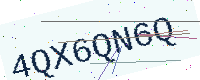
Text: 4QX6QN6Q